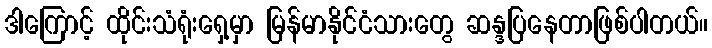
ဒါကြောင့် ထိုင်းသံရုံးရှေ့မှာ မြန်မာနိုင်ငံသားတွေ ဆန္ဒပြနေတာဖြစ်ပါတယ်။